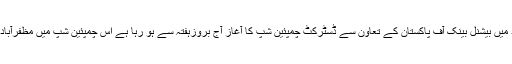
آزادکشمیر کے دارلحکومت مظفرآباد میں بیشنل بینک آف پاکستان کے تعاون سے ڈسٹرکٹ چمپئین شپ کا آغاز آج بروزہفتہ سے ہو رہا ہے اس چمپئین شپ میں مظفرآباد کی بہترین ٹیمیں حصہ لے رہی ہیں۔